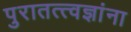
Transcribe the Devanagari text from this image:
पुरातत्त्वज्ञांना